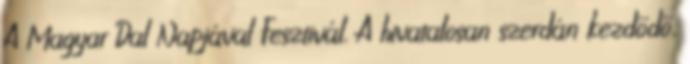
A Magyar Dal Napjával Fesztivál. A hivatalosan szerdán kezdődő,